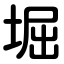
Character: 堀